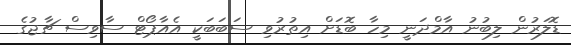
ޑޮލަރުން ލިބުނު އާމްދަނީ މިހާ ބޮޑަށް އިތުރުވި ސަބަބަކީ އެއާޕޯޓް ސާވިސް ޗާޖުގެ